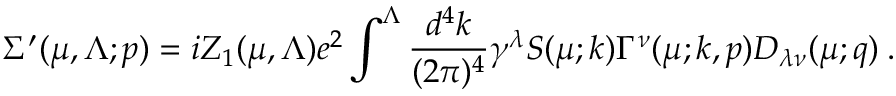
\Sigma ^ { \prime } ( \mu , \Lambda ; p ) = i Z _ { 1 } ( \mu , \Lambda ) e ^ { 2 } \int ^ { \Lambda } \frac { d ^ { 4 } k } { ( 2 \pi ) ^ { 4 } } \gamma ^ { \lambda } { S } ( \mu ; k ) { \Gamma } ^ { \nu } ( \mu ; k , p ) { D } _ { \lambda \nu } ( \mu ; q ) \: .